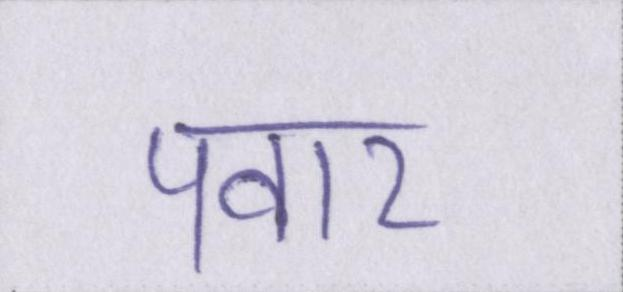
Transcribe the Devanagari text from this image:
पवार